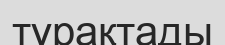
тұрақтады